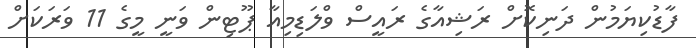
ފާޑުކިޔަމުން ދަނިކޮށް ރަޝިއާގެ ރައީސް ވްލަޑިމިއާ ޕޫޓިން ވަނީ މީގެ 11 ވަރަކަށް